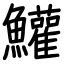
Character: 鱹